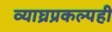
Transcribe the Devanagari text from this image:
व्याघ्रप्रकल्पही